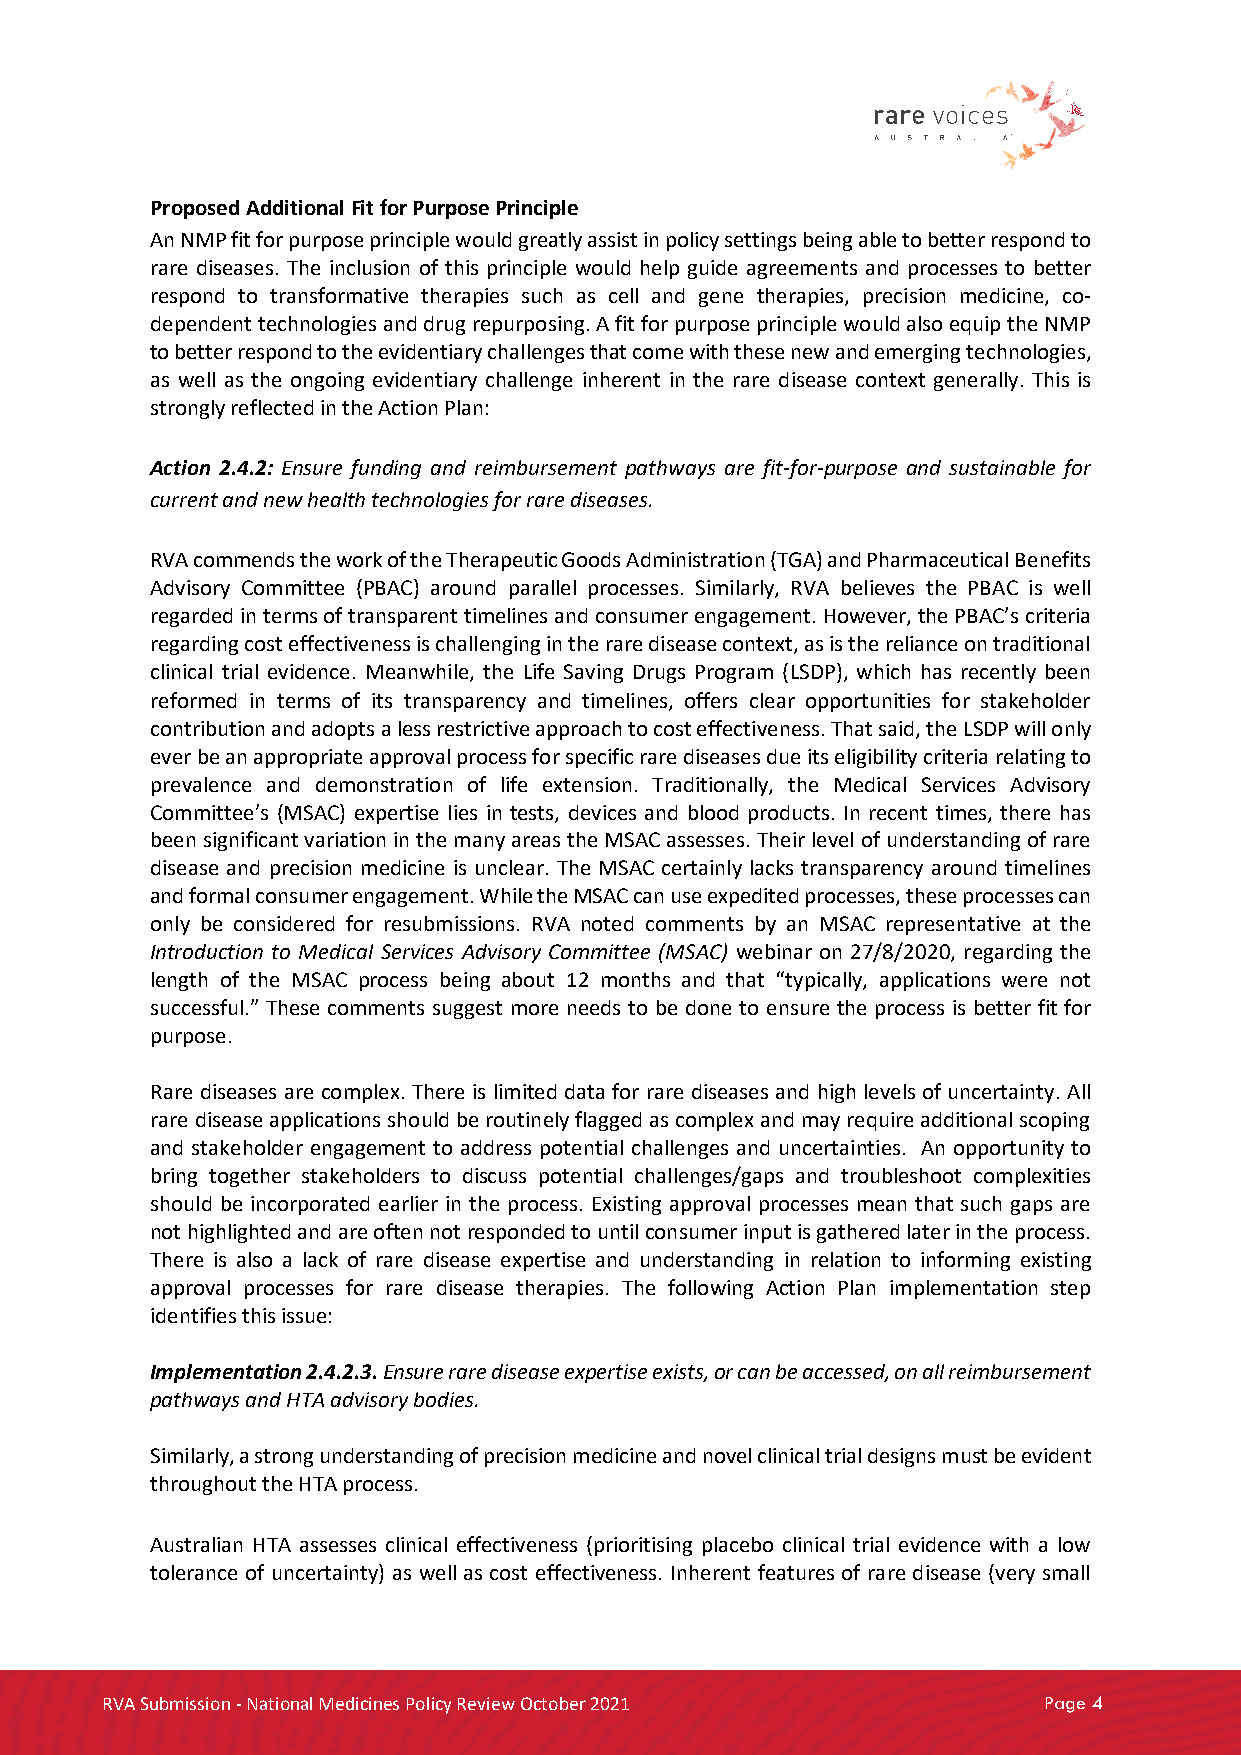
Proposed Additional Fit for Purpose Principle
 An NMP fit for purpose principle would greatly assist in policy settings being able to better respond to
 rare diseases. The inclusion of this principle would help guide agreements and processes to better
 respond to transformative therapies such as cell and gene therapies, precision medicine, co-
 dependent technologies and drug repurposing. A fit for purpose principle would also equip the NMP
 to better respond to the evidentiary challenges that come with these new and emerging technologies,
 as well as the ongoing evidentiary challenge inherent in the rare disease context generally. This is
 strongly reflected in the Action Plan:
 Action 2.4.2: Ensure funding and reimbursement pathways are fit-for-purpose and sustainable for
 current and new health technologies for rare diseases.
 RVA commends the work of the Therapeutic Goods Administration (TGA) and Pharmaceutical Benefits
 Advisory Committee (PBAC) around parallel processes. Similarly, RVA believes the PBAC is well
 regarded in terms of transparent timelines and consumer engagement. However, the PBAC’s criteria
 regarding cost effectiveness is challenging in the rare disease context, as is the reliance on traditional
 clinical trial evidence. Meanwhile, the Life Saving Drugs Program (LSDP), which has recently been
 reformed in terms of its transparency and timelines, offers clear opportunities for stakeholder
 contribution and adopts a less restrictive approach to cost effectiveness. That said, the LSDP will only
 ever be an appropriate approval process for specific rare diseases due its eligibility criteria relating to
 prevalence and demonstration of life extension. Traditionally, the Medical Services Advisory
 Committee’s (MSAC) expertise lies in tests, devices and blood products. In recent times, there has
 been significant variation in the many areas the MSAC assesses. Their level of understanding of rare
 disease and precision medicine is unclear. The MSAC certainly lacks transparency around timelines
 and formal consumer engagement. While the MSAC can use expedited processes, these processes can
 only be considered for resubmissions. RVA noted comments by an MSAC representative at the
 Introduction to Medical Services Advisory Committee (MSAC) webinar on 27/8/2020, regarding the
 length of the MSAC process being about 12 months and that “typically, applications were not
 successful.” These comments suggest more needs to be done to ensure the process is better fit for
 purpose.
 Rare diseases are complex. There is limited data for rare diseases and high levels of uncertainty. All
 rare disease applications should be routinely flagged as complex and may require additional scoping
 and stakeholder engagement to address potential challenges and uncertainties. An opportunity to
 bring together stakeholders to discuss potential challenges/gaps and troubleshoot complexities
 should be incorporated earlier in the process. Existing approval processes mean that such gaps are
 not highlighted and are often not responded to until consumer input is gathered later in the process.
 There is also a lack of rare disease expertise and understanding in relation to informing existing
 approval processes for rare disease therapies. The following Action Plan implementation step
 identifies this issue:
 Implementation 2.4.2.3. Ensure rare disease expertise exists, or can be accessed, on all reimbursement
 pathways and HTA advisory bodies.
 Similarly, a strong understanding of precision medicine and novel clinical trial designs must be evident
 throughout the HTA process.
 Australian HTA assesses clinical effectiveness (prioritising placebo clinical trial evidence with a low
 tolerance of uncertainty) as well as cost effectiveness. Inherent features of rare disease (very small
 RVA Submission - National Medicines Policy Review October 2021 Page 4